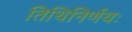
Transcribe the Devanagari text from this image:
तिथिनिर्णयः